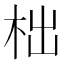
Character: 柮